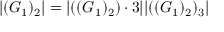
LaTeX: | ( G _ { 1 } ) _ { 2 } | = | ( ( G _ { 1 } ) _ { 2 } ) \cdot 3 | | ( ( G _ { 1 } ) _ { 2 } ) _ { 3 } |